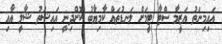
އައިމިނަތު އަޒީމާ ސްޓާ ޓީމަށް ލަނޑުތައް ކާމިޔާބު ކޮށްދިނީ އައިޝަތު ޝާލީ އާއި